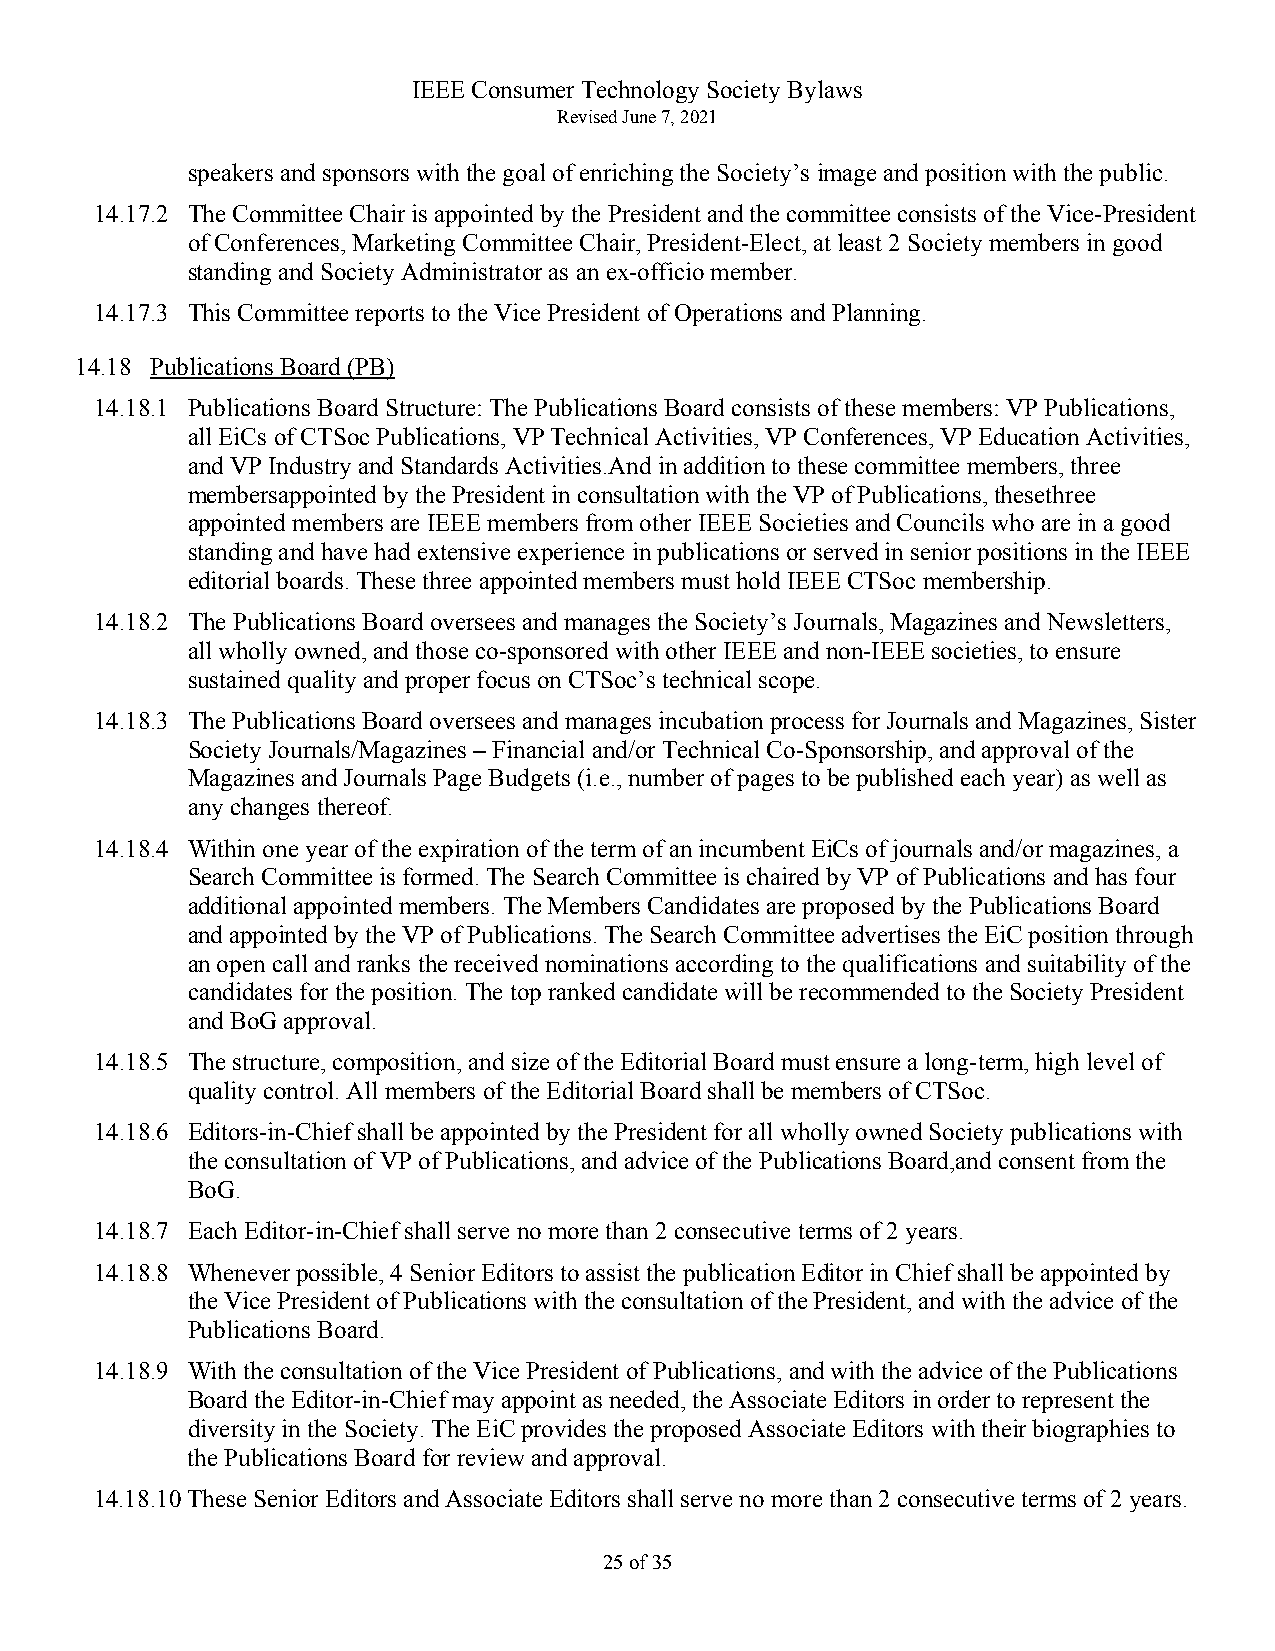
IEEE Consumer Technology Society Bylaws
 Revised June 7, 2021
 speakers and sponsors with the goal of enriching the Society’s image and position with the public.
 14.17.2 The Committee Chair is appointed by the President and the committee consists of the Vice-President
 of Conferences, Marketing Committee Chair, President-Elect, at least 2 Society members in good
 standing and Society Administrator as an ex-officio member.
 14.17.3 This Committee reports to the Vice President of Operations and Planning.
 14.18 Publications Board (PB)
 14.18.1 Publications Board Structure: The Publications Board consists of these members: VP Publications,
 all EiCs of CTSoc Publications, VP Technical Activities, VP Conferences, VP Education Activities,
 and VP Industry and Standards Activities.And in addition to these committee members, three
 membersappointed by the President in consultation with the VP of Publications, thesethree
 appointed members are IEEE members from other IEEE Societies and Councils who are in a good
 standing and have had extensive experience in publications or served in senior positions in the IEEE
 editorial boards. These three appointed members must hold IEEE CTSoc membership.
 14.18.2 The Publications Board oversees and manages the Society’s Journals, Magazines and Newsletters,
 all wholly owned, and those co-sponsored with other IEEE and non-IEEE societies, to ensure
 sustained quality and proper focus on CTSoc’s technical scope.
 14.18.3 The Publications Board oversees and manages incubation process for Journals and Magazines, Sister
 Society Journals/Magazines – Financial and/or Technical Co-Sponsorship, and approval of the
 Magazines and Journals Page Budgets (i.e., number of pages to be published each year) as well as
 any changes thereof.
 14.18.4 Within one year of the expiration of the term of an incumbent EiCs of journals and/or magazines, a
 Search Committee is formed. The Search Committee is chaired by VP of Publications and has four
 additional appointed members. The Members Candidates are proposed by the Publications Board
 and appointed by the VP of Publications. The Search Committee advertises the EiC position through
 an open call and ranks the received nominations according to the qualifications and suitability of the
 candidates for the position. The top ranked candidate will be recommended to the Society President
 and BoG approval.
 14.18.5 The structure, composition, and size of the Editorial Board must ensure a long-term, high level of
 quality control. All members of the Editorial Board shall be members of CTSoc.
 14.18.6 Editors-in-Chief shall be appointed by the President for all wholly owned Society publications with
 the consultation of VP of Publications, and advice of the Publications Board,and consent from the
 BoG.
 14.18.7 Each Editor-in-Chief shall serve no more than 2 consecutive terms of 2 years.
 14.18.8 Whenever possible, 4 Senior Editors to assist the publication Editor in Chief shall be appointed by
 the Vice President of Publications with the consultation of the President, and with the advice of the
 Publications Board.
 14.18.9 With the consultation of the Vice President of Publications, and with the advice of the Publications
 Board the Editor-in-Chief may appoint as needed, the Associate Editors in order to represent the
 diversity in the Society. The EiC provides the proposed Associate Editors with their biographies to
 the Publications Board for review and approval.
 14.18.10 These Senior Editors and Associate Editors shall serve no more than 2 consecutive terms of 2 years.
 25 of 35